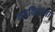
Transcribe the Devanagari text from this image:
लढवितांना